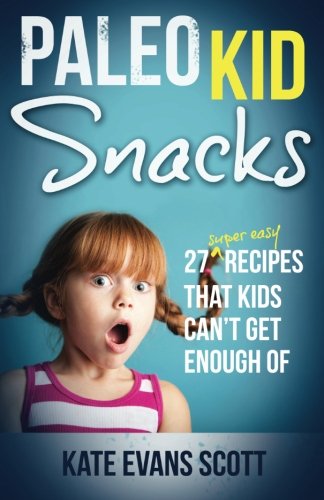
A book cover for Paleo Kid Snacks: 27 Super Easy Recipes That Kids Can't Get Enough Of: (Primal Gluten Free Kids Cookbook); Kate Evans Scott; Health, Fitness & Dieting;